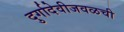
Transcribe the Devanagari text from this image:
दुर्गादेवीजवळची